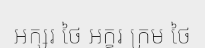
អក្សរ ថៃ អក្ខរ ក្រម ថៃ